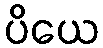
ပိယေ